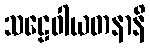
သဠေဝါယတနာနိ